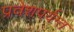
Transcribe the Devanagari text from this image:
प्रवेशपर्यन्त